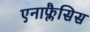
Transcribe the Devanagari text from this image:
एनाफ्लैसिस